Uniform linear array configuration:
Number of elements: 64
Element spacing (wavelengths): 0.75
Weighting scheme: binomial
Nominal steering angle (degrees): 0
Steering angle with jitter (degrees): -1.013
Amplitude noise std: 0.05
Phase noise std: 0.05

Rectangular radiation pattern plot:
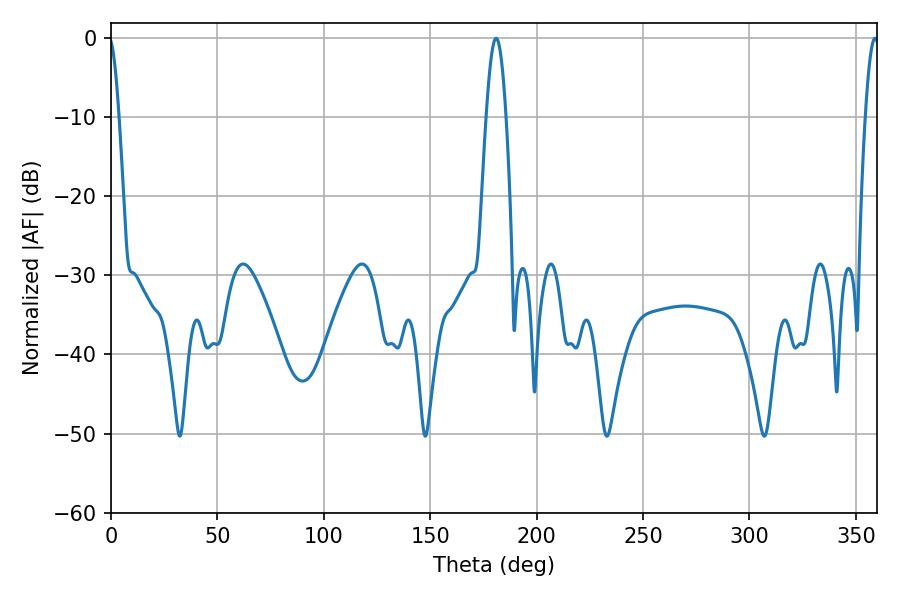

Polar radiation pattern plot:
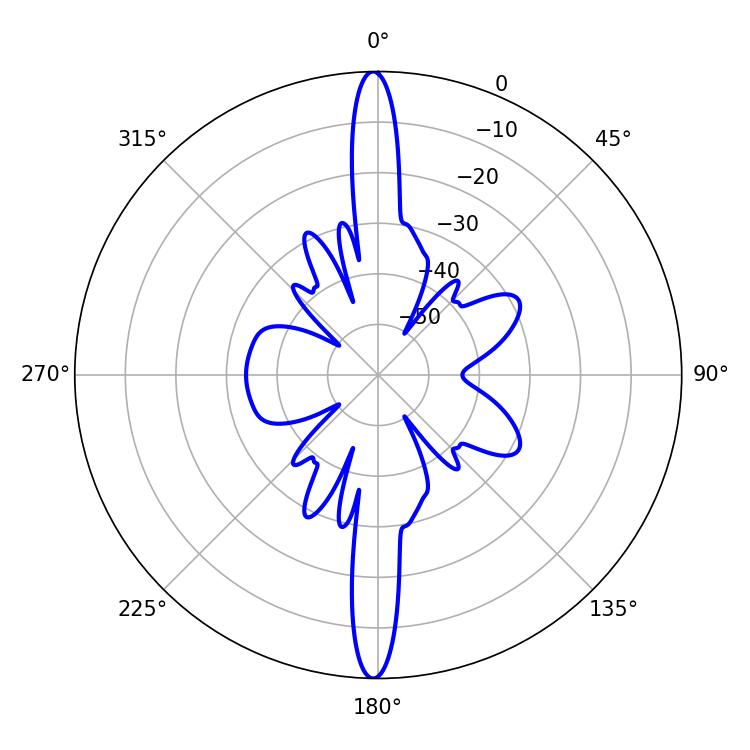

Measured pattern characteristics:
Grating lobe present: TRUE
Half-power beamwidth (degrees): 5.04
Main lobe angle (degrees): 180.9